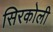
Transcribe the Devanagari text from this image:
सिरकोली